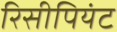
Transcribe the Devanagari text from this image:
रिसीपियंट